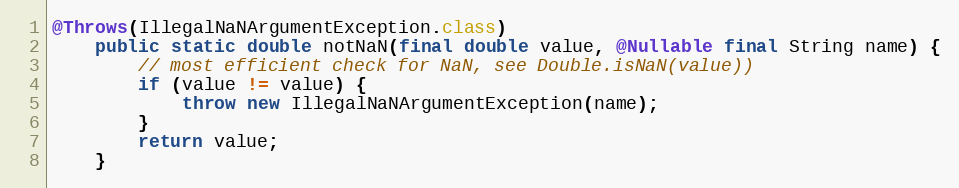
Language: Java
@Throws(IllegalNaNArgumentException.class)
	public static double notNaN(final double value, @Nullable final String name) {
		// most efficient check for NaN, see Double.isNaN(value))
		if (value != value) {
			throw new IllegalNaNArgumentException(name);
		}
		return value;
	}